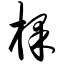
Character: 棵